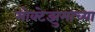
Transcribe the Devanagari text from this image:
मोक्टेझुमाच्या